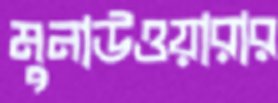
মুনাউওয়ারার